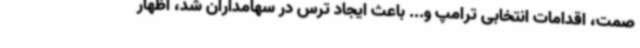
صمت، اقدامات انتخابی ترامپ و... باعث ایجاد ترس در سهامداران شد، اظهار